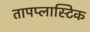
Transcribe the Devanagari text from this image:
तापप्लास्टिक